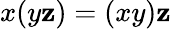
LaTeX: x(y\mathbf{z})=(xy)\mathbf{z}